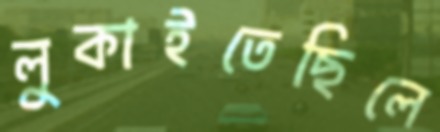
লুকাইতেছিলে